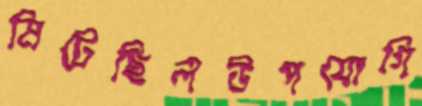
মিটেছিলউপযোগি